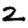
Digit: 2